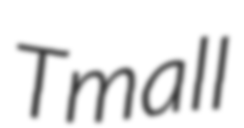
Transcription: Tmall